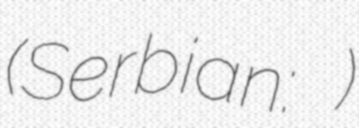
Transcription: (Serbian: Железничка станица Јајинци)